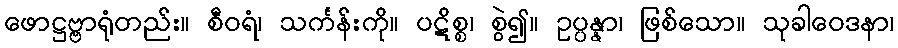
ဖောဋ္ဌဗ္ဗာရုံတည်း။ စီဝရံ၊ သင်္ကန်းကို။ ပဋိစ္စ၊ စွဲ၍။ ဥပ္ပန္နာ၊ ဖြစ်သော။ သုခါဝေဒနာ၊